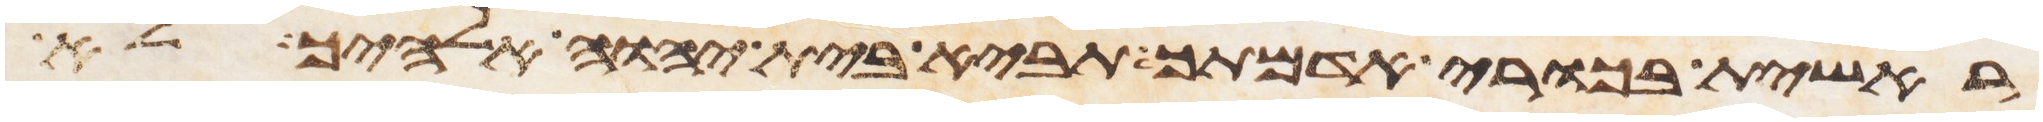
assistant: ראשית בכורי אדמתך תביא בית יהוה אלהיך לא